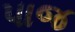
પાજ